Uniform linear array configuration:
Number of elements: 32
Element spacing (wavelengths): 1
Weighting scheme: kaiser
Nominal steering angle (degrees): -45
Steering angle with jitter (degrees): -45.021
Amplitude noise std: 0.05
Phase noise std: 0.05

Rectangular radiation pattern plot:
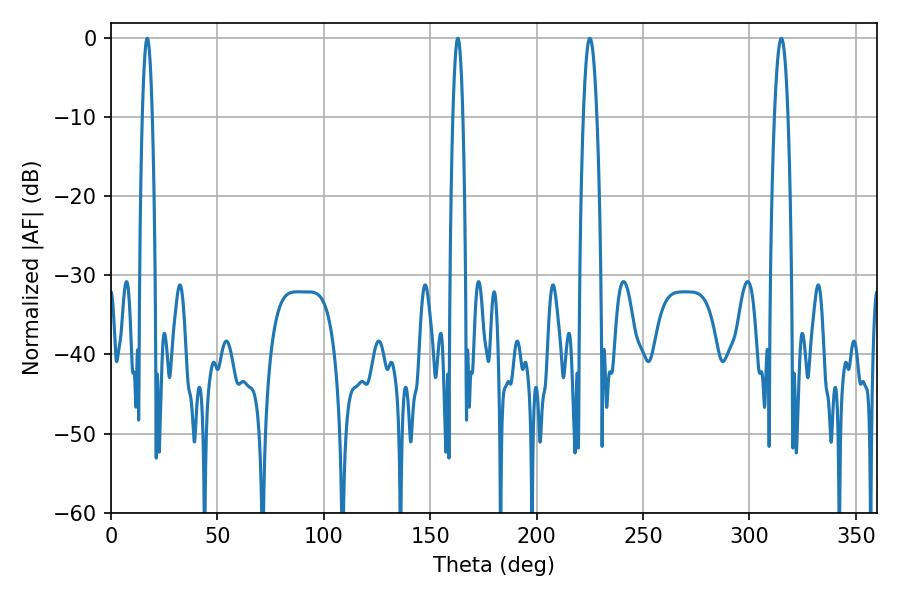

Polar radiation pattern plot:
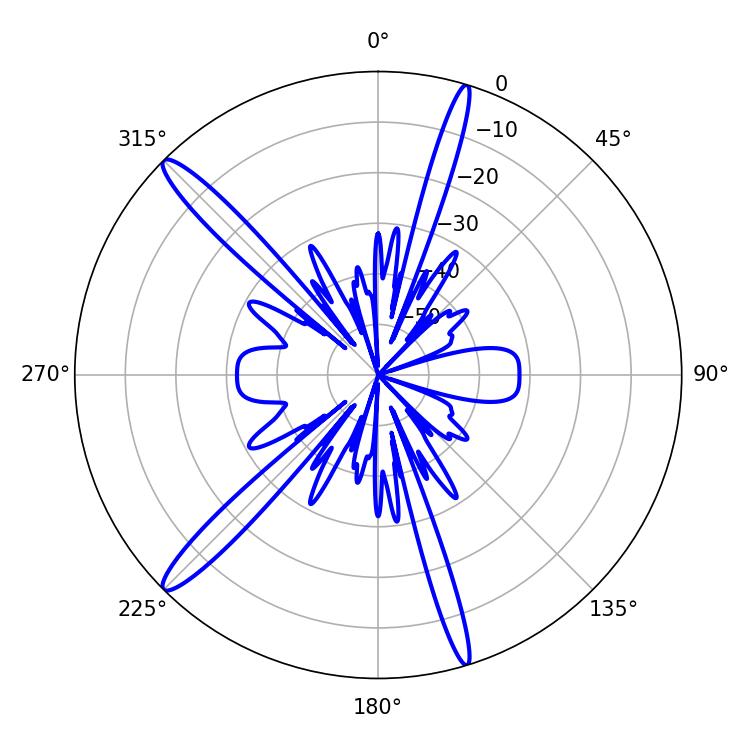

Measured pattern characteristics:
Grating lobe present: TRUE
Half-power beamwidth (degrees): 3.42
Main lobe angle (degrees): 225